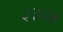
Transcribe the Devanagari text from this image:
३३२२